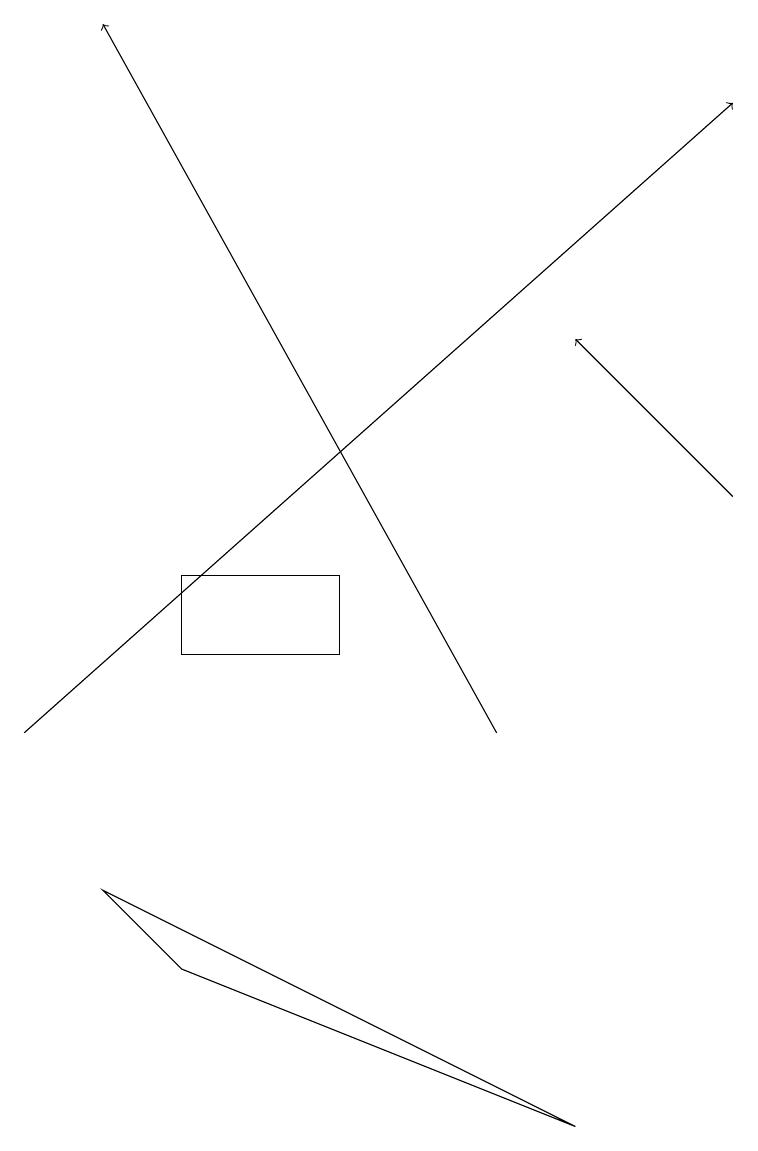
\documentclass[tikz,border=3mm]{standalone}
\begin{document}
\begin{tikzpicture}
\draw[->] (9,13) -- (7,15);
\draw[->] (6,10) -- (1,19);
\draw (2,12) rectangle (4,11);
\draw[->] (0,10) -- (9,18);
\draw (2,7) -- (7,5) -- (1,8) -- cycle;
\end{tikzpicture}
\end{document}